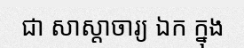
ជា សាស្តាចារ្យ ឯក ក្នុង